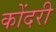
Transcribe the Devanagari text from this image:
कोंदरी